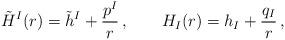
LaTeX: \begin{align*}\tilde H^I(r) = \tilde h^I+{p^I\over r}\,, \qquad H_I(r)=h_I+{q_I\over r}\,, \end{align*}